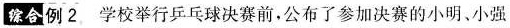
综合例2 学校举行乒乓球决赛前。公布了参加决赛的小明、小强